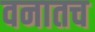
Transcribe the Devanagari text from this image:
वनातच